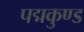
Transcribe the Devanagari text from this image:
पद्मकुण्ड